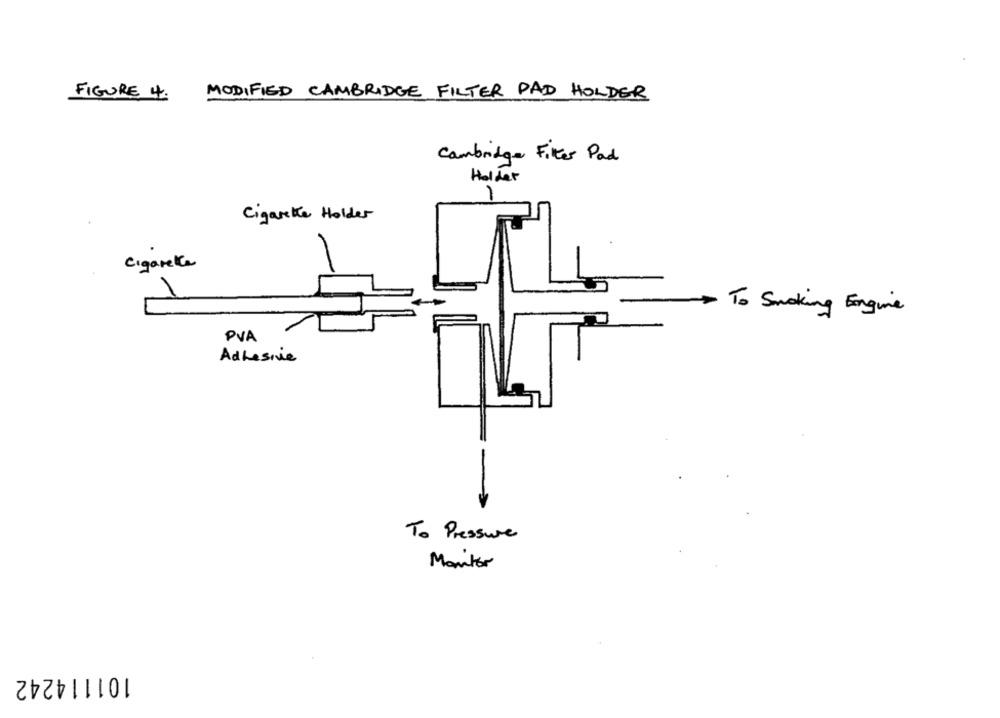
FIGURE 4.
MODIFIED CAMBRIDGE FILTER PAD HOLDER
Cambridge Filter Pad
Holder
Cigarette Holder
cigarete
-
To Smoking Engine
PVA
Adhesive
To Pressure
Manter
101114242